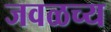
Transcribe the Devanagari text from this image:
जवळच्य